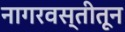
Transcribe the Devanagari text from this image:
नागरवस्तीतून